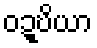
ဝဍ္ဎိယာ